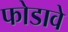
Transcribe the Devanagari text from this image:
फोडावे